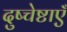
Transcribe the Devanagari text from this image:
दुष्चेष्टाएँ